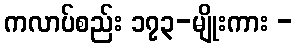
ကလာပ်စည်း ၁၇၃-မျိုးကား -